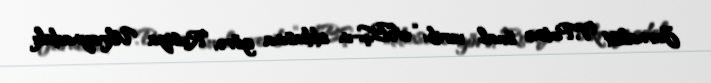
Jurnalist V.Putinə sual verib: “ABŞ-ın iddiasına görə, Rusiya Ukraynadakı